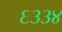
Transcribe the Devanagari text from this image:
६३३४